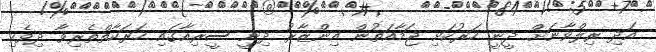
އަދި ރިލްވާނަށް ދީނީ ހަރުކަށި ޖަމާއަތުން އިންޒާރު ދިނީ ސީރިއާގައި ހަރަކާތްތެރިވާ ދިވެހި